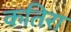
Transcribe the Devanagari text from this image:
कतिरा